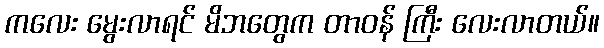
ကလေး မွေးလာရင် မိဘတွေက တာဝန် ကြီး လေးလာတယ်။